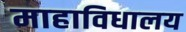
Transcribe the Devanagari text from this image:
माहाविधालय